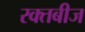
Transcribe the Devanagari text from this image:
रक्‍तबीज